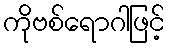
ကိုဗစ်ရောဂါဖြင့်